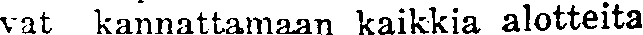
vat kannattamaan kaikkia alotteita